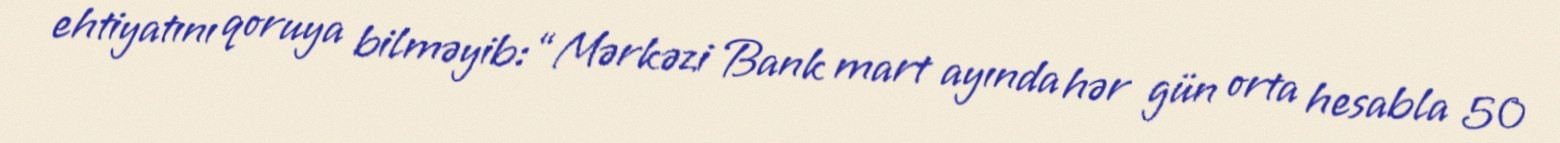
ehtiyatını qoruya bilməyib: “Mərkəzi Bank mart ayında hər gün orta hesabla 50